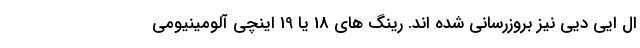
ال ایی دیی نیز بروزرسانی شده اند. رینگ های 18 یا 19 اینچی آلومینیومی